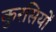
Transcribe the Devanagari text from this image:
कुरसियों